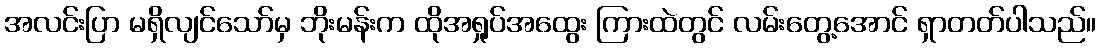
အလင်းပြာ မရှိလျင်သော်မှ ဘိုးမန်းက ထိုအရှုပ်အထွေး ကြားထဲတွင် လမ်းတွေ့အောင် ရှာတတ်ပါသည်။